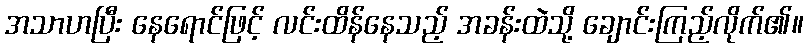
အသာဟပြီး နေရောင်ဖြင့် လင်းထိန်နေသည့် အခန်းထဲသို့ ချောင်းကြည့်လိုက်၏။